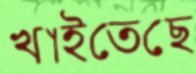
খাইতেছে